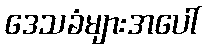
ဒေသခံများအပေါ်